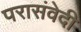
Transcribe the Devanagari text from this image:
परासंवेदी